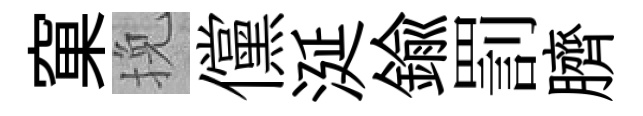
窠挽儻涎鍮罰臍